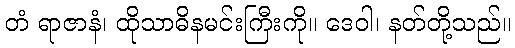
တံ ရာဇာနံ၊ ထိုသာဓိနမင်းကြီးကို။ ဒေဝါ၊ နတ်တို့သည်။